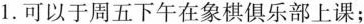
1.可以于周五下午在象棋俱乐部上课；